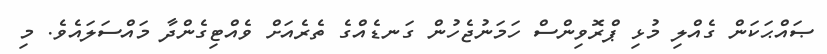
ޞައްޙަކަން ގެއްލި މުޅި ޕްރޮވިންސް ހަމަނުޖެހުން ގަނޑެއްގެ ތެރެއަށް ވެއްޓިގެންދާ މައްސަލައެވެ. މި